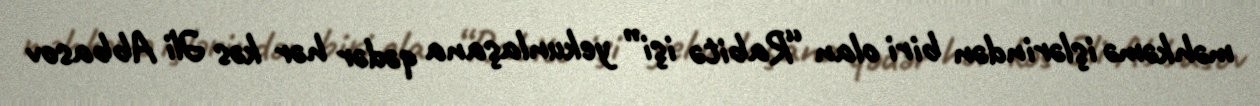
məhkəmə işlərindən biri olan “Rabitə işi” yekunlaşana qədər hər kəs Əli Abbasov